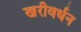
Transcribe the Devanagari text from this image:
खरीवर्धन